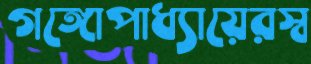
গঙ্গোপাধ্যায়েরস্ব